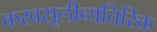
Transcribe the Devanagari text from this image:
करवसूलीव्यतिरिक्त